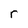
Character: r